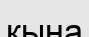
қына